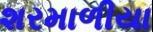
શરમાળીયા